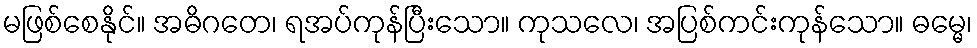
မဖြစ်စေနိုင်။ အဓိဂတေ၊ ရအပ်ကုန်ပြီးသော။ ကုသလေ၊ အပြစ်ကင်းကုန်သော။ ဓမ္မေ၊